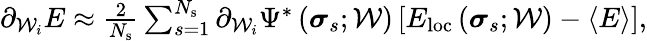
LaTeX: \begin{array}{r}{\partial_{\mathcal{W}_{i}}E\approx\frac{2}{N_{\mathrm{s}}}\sum_{s=1}^{N_{\mathrm{s}}}\partial_{\mathcal{W}_{i}}\Psi^{*}\left(\boldsymbol{\sigma}_{s};\mathcal{W}\right)\left[E_{\mathrm{loc}}\left(\boldsymbol{\sigma}_{s};\mathcal{W}\right)-\langle E\rangle\right],}\end{array}